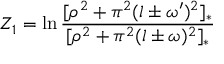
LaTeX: { \cal Z } _ { 1 } = \ln \frac { [ \rho ^ { 2 } + \pi ^ { 2 } ( l \pm \omega ^ { \prime } ) ^ { 2 } ] _ { * } } { [ \rho ^ { 2 } + \pi ^ { 2 } ( l \pm \omega ) ^ { 2 } ] _ { * } }